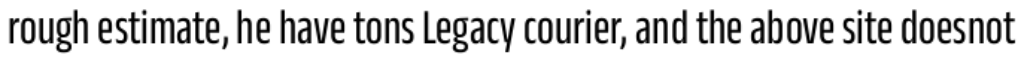
rough estimate, he have tons Legacy courier, and the above site doesnot